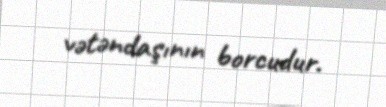
vətəndaşının borcudur.